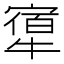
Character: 𤛝